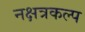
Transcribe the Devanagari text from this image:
नक्षत्रकल्प